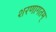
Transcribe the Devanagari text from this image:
शरणागतम्‌